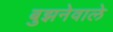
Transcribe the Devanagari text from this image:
बुझनेवाले